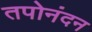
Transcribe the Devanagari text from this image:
तपोनंदन